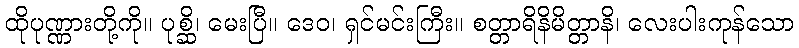
ထိုပုဏ္ဏားတို့ကို။ ပုစ္ဆိ၊ မေးပြီ။ ဒေဝ၊ ရှင်မင်းကြီး။ စတ္တာရိနိမိတ္တာနိ၊ လေးပါးကုန်သော